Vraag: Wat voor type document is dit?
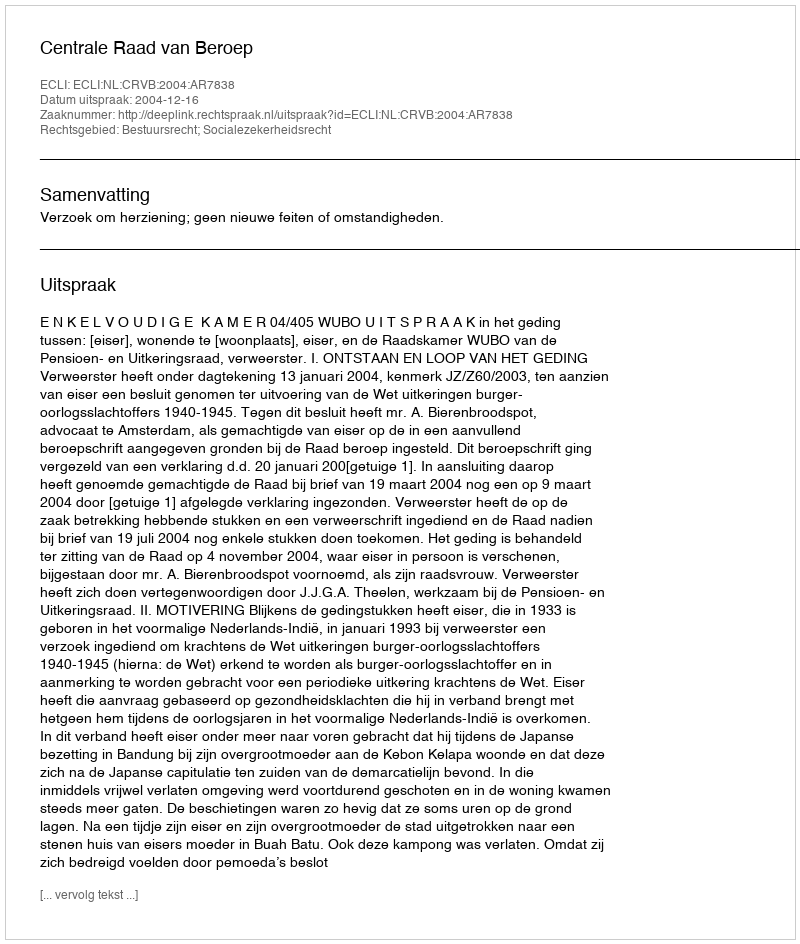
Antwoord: Uitspraak